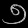
Digit: ၅